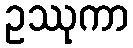
ဥဿုကာ